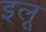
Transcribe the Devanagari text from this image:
इलू